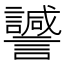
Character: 𧭻